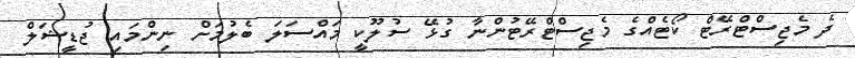
ދެ މެޖިސްޓްރޭޓް ކޯޓެއްގެ މެޖިސްޓްރޭޓުންނާ ގުޅޭ ސުލޫކީ މައްސަލަ ބެލުމަށް ނިންމައި ޖުޑީޝަލް